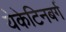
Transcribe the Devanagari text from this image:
येकेटिनबर्ग